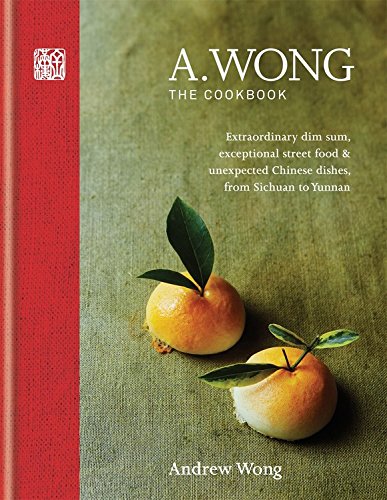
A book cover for A. Wong Cookbook; Andrew Wong; Cookbooks, Food & Wine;